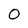
Character: 0